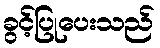
ခွင့်ပြုပေးသည်